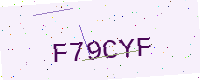
Text: F79CYF